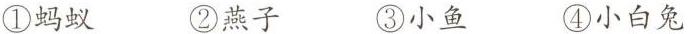
①蚂蚁 ②燕子 ③小鱼 ④小白兔